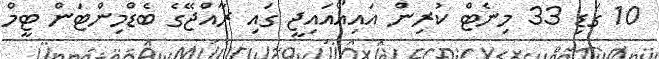
10 ގަޑި 33 މިނެޓް ކުރިން އައިއޯއައިޖީ ގައި ރާއްޖޭގެ ބެޑްމިންޓަން ޓީމް